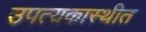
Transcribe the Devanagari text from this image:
उपत्यकास्थीत